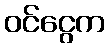
ဝင်ငွေက